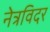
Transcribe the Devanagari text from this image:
नेत्रविदर